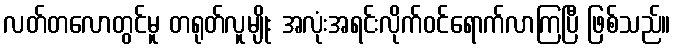
လတ်တလောတွင်မူ တရုတ်လူမျိုး အလုံးအရင်းလိုက်ဝင်ရောက်လာကြပြီ ဖြစ်သည်။